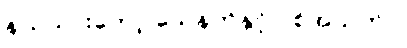
နယ်သားတော့ သေနတ်နှင့် ပစ်အသတ်ပဲ